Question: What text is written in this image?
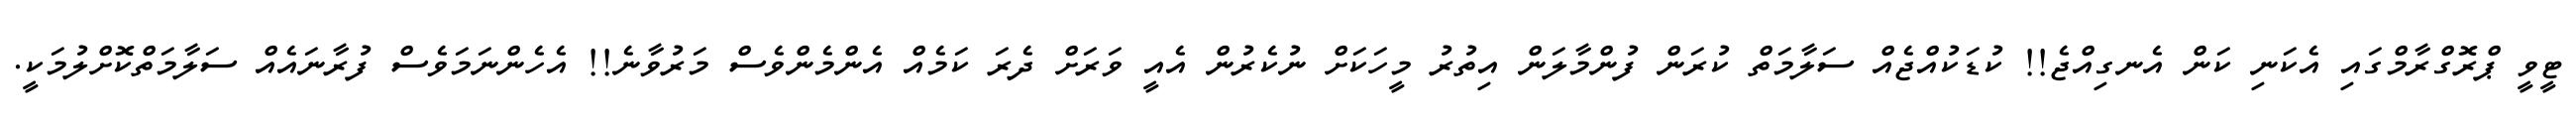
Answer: ޓީވީ ޕްރޮގްރާމްގައި އެކަނި ކަން އެނގިއްޖެ!! ކުޑަކުއްޖެއް ސަލާމަތް ކުރަން ފުންމާލަން އިތުރު މީހަކަށް ނުކެރުން އެއީ ވަރަށް ދެރަ ކަމެއް އެންމެންވެސް މަރުވާނެ!! އެހެންނަމަވެސް ފުރާނައެއް ސަލާމަތްކޮށްލުމަކީ.